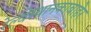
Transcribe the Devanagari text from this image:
रेल्वेस्थानकाबाहेर